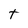
Character: t